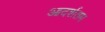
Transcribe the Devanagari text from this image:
आदर्शतम